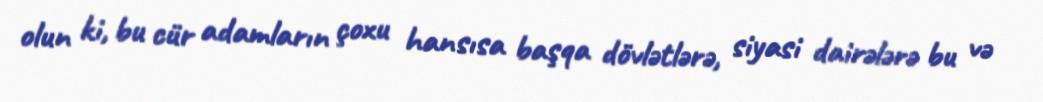
olun ki, bu cür adamların çoxu hansısa başqa dövlətlərə, siyasi dairələrə bu və